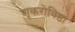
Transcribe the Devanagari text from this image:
शूकरोविष्ठा